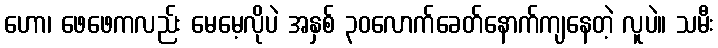
ဟော၊ ဖေဖေကလည်း မေမေ့လိုပဲ အနှစ် ၃၀လောက်ခေတ်နောက်ကျနေတဲ့ လူပဲ။ သမီး